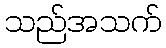
သည်အသက်